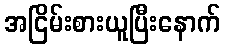
အငြိမ်းစားယူပြီးနောက်